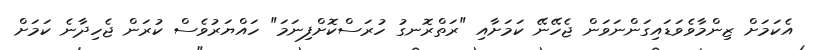
އެކަމަށް ޒިންމާވެވަޑައިގަންނަވަން ޖެހޭނޭ ކަމަށާއި "ރަތްރޮނގު ހުރަސްކޮށްފިނަމަ" ހައްޔަރުވެސް ކުރަން ޖެހިދާނެ ކަމަށް